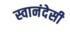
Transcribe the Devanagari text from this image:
स्वानंदेसी